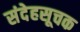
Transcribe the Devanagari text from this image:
संदेहसूचक